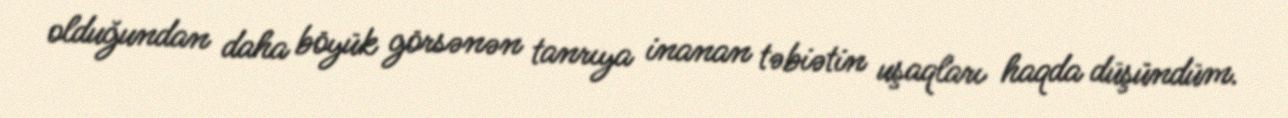
olduğundan daha böyük görsənən tanrıya inanan təbiətin uşaqları haqda düşündüm.